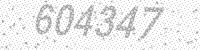
Solution: 604347